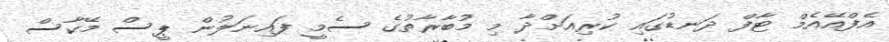
އެފްއޭއެމް ޓާފް ދަނޑުގައި ކުރިއަށްދާ މި މުބާރާތުގެ ސެމީ ފައިނަލުން ޕީސް މޭކާސް